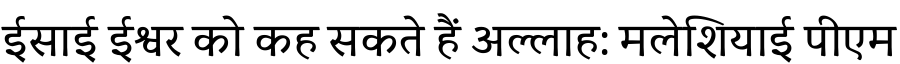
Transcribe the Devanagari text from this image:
ईसाई ईश्वर को कह सकते हैं अल्लाह: मलेशियाई पीएम